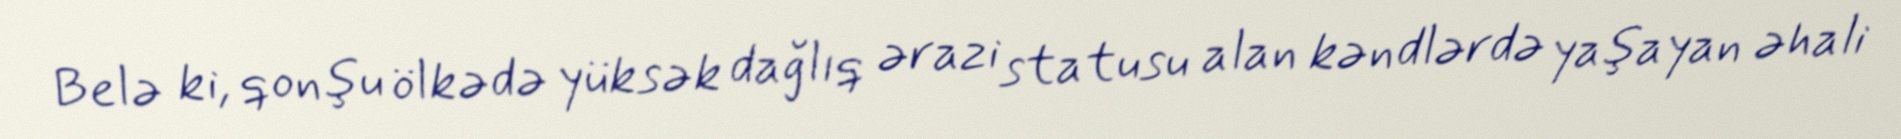
Belə ki, qonşu ölkədə yüksək dağlıq ərazi statusu alan kəndlərdə yaşayan əhali